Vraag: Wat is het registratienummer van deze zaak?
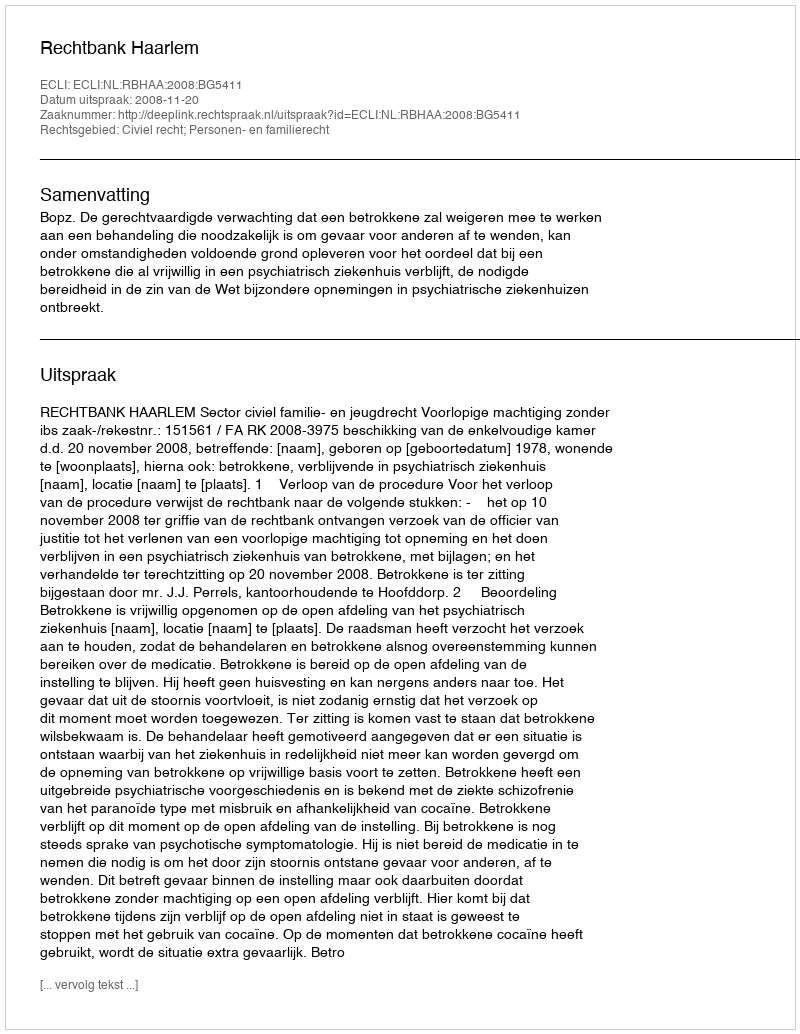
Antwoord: http://deeplink.rechtspraak.nl/uitspraak?id=ECLI:NL:RBHAA:2008:BG5411